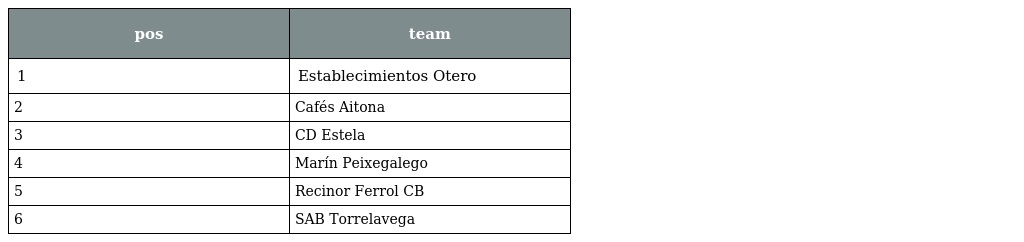
| pos | team |
 | --- | --- |
 | 1 | Establecimientos Otero |
 | 2 | Cafés Aitona |
 | 3 | CD Estela |
 | 4 | Marín Peixegalego |
 | 5 | Recinor Ferrol CB |
 | 6 | SAB Torrelavega |